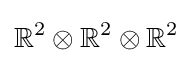
\mathbb {R} ^{2}\otimes \mathbb {R} ^{2}\otimes \mathbb {R} ^{2}